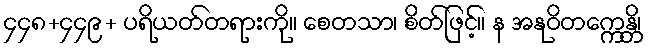
၄၄၈+၄၄၉+ ပရိယတ်တရားကို။ စေတသာ၊ စိတ်ဖြင့်။ န အနုဝိတက္ကေန္တိ၊